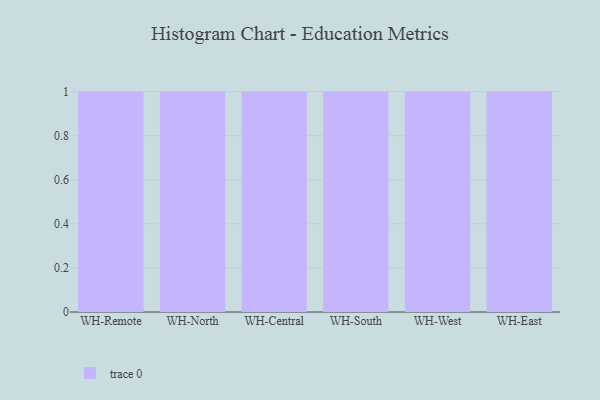
{"axis": {"x": "Warehouse", "y": "Conversion Rate (%)"}, "legend": [""], "data": [{"x": "WH-Remote", "y": 70, "type": ""}, {"x": "WH-North", "y": 81, "type": ""}, {"x": "WH-Central", "y": 76, "type": ""}, {"x": "WH-South", "y": 22, "type": ""}, {"x": "WH-West", "y": 86, "type": ""}, {"x": "WH-East", "y": 95, "type": ""}]}